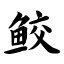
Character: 鲛